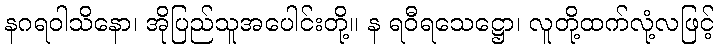
နဂရဝါသိနော၊ အိုပြည်သူအပေါင်းတို့။ န ရဝီရသေဋ္ဌော၊ လူတို့ထက်လုံ့လဖြင့်